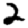
Digit: 2